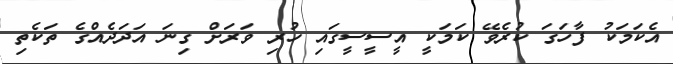
އެކަމަކު ފާހަގަ ކުރެވޭ ކަމަކީ އީސީސީގައި ހުރި ވަރަށް ގިނަ އަދަދެއްގެ ތަކެތި